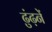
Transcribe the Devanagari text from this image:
ढुंढ़नें